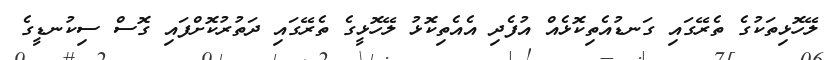
ލޭހޮޅިތަކުގެ ތެރޭގައި ގަނޑުއެތިކޮޅެއް އުފެދި އެއެތިކޮޅު ލޭހޮޅީގެ ތެރޭގައި ދަތުރުކޮށްފައި ގޮސް ސިކުނޑީގެ